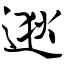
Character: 逖